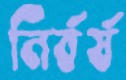
নির্বর্ষ